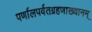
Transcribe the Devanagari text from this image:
पर्णालपर्वतग्रहणाख्यानम्